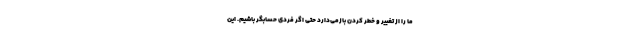
ما را از تغییر و خطر کردن بازمی‌دارد حتی اگر فردی حسابگر باشیم. این